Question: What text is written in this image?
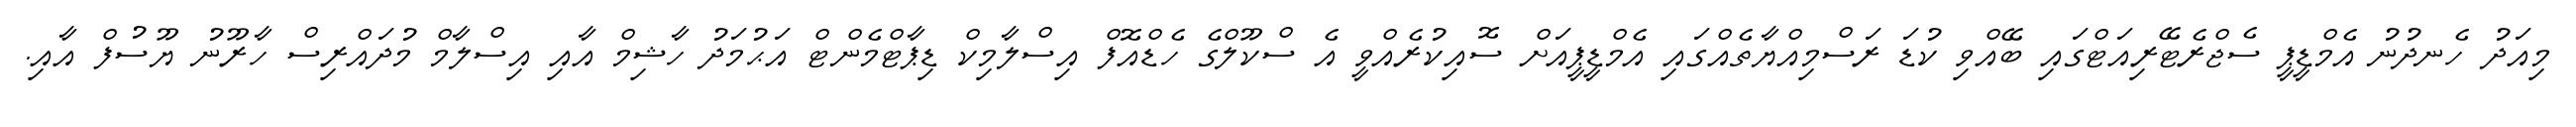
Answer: މިއަދު ހެނދުނު އެމްޑީޕީ ސެޖްރެޓޭރިއަޓްގައި ބޭއްވި ކުޑަ ރަސްމިއްޔާތެއްގައި އެމްޑީޕީއަށް ސޮއިކުރެއްވީ އެ ސްކޫލްގެ ހެޑްއޮފް އިސްލާމިކް ޑިޕާޓްމެންޓް އަޙުމަދު ހާޝިމް އާއި އިސްލާމް މުދައްރިސް ހާރޫނު ޔޫސުފް އާއި.